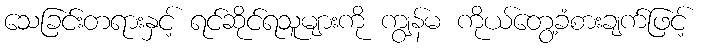
သေခြင်းတရားနှင့် ရင်ဆိုင်ရသူများကို ကျွန်မ ကိုယ်တွေ့ခံစားချက်ဖြင့်